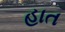
હાત